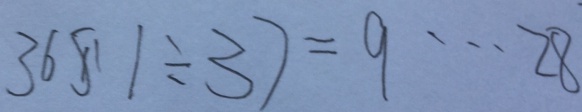
3 6 8 . 1 \div 3 7 = 9 \cdots 2 8